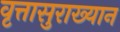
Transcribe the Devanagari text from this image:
वृत्तासुराख्यान